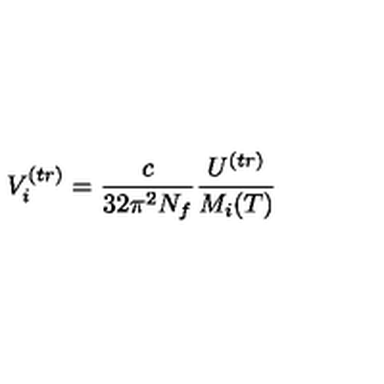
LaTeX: V _ { i } ^ { ( t r ) } = \frac { c } { 3 2 \pi ^ { 2 } N _ { f } } \frac { U ^ { ( t r ) } } { M _ { i } ( T ) }